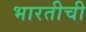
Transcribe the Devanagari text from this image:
भारतीची